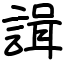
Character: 諿